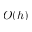
O ( h )